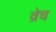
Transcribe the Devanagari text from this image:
व्रेच